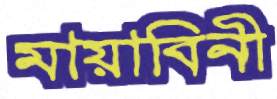
মায়াবিনী